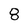
Character: 8